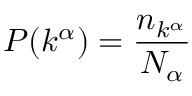
\displaystyle P ( k ^ { \alpha } ) = \frac { n _ { k ^ { \alpha } } } { N _ { \alpha } }